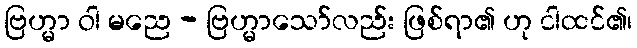
ဗြဟ္မာ ဝါ မညေ - ဗြဟ္မာသော်လည်း ဖြစ်ရာ၏ ဟု ငါထင်၏၊